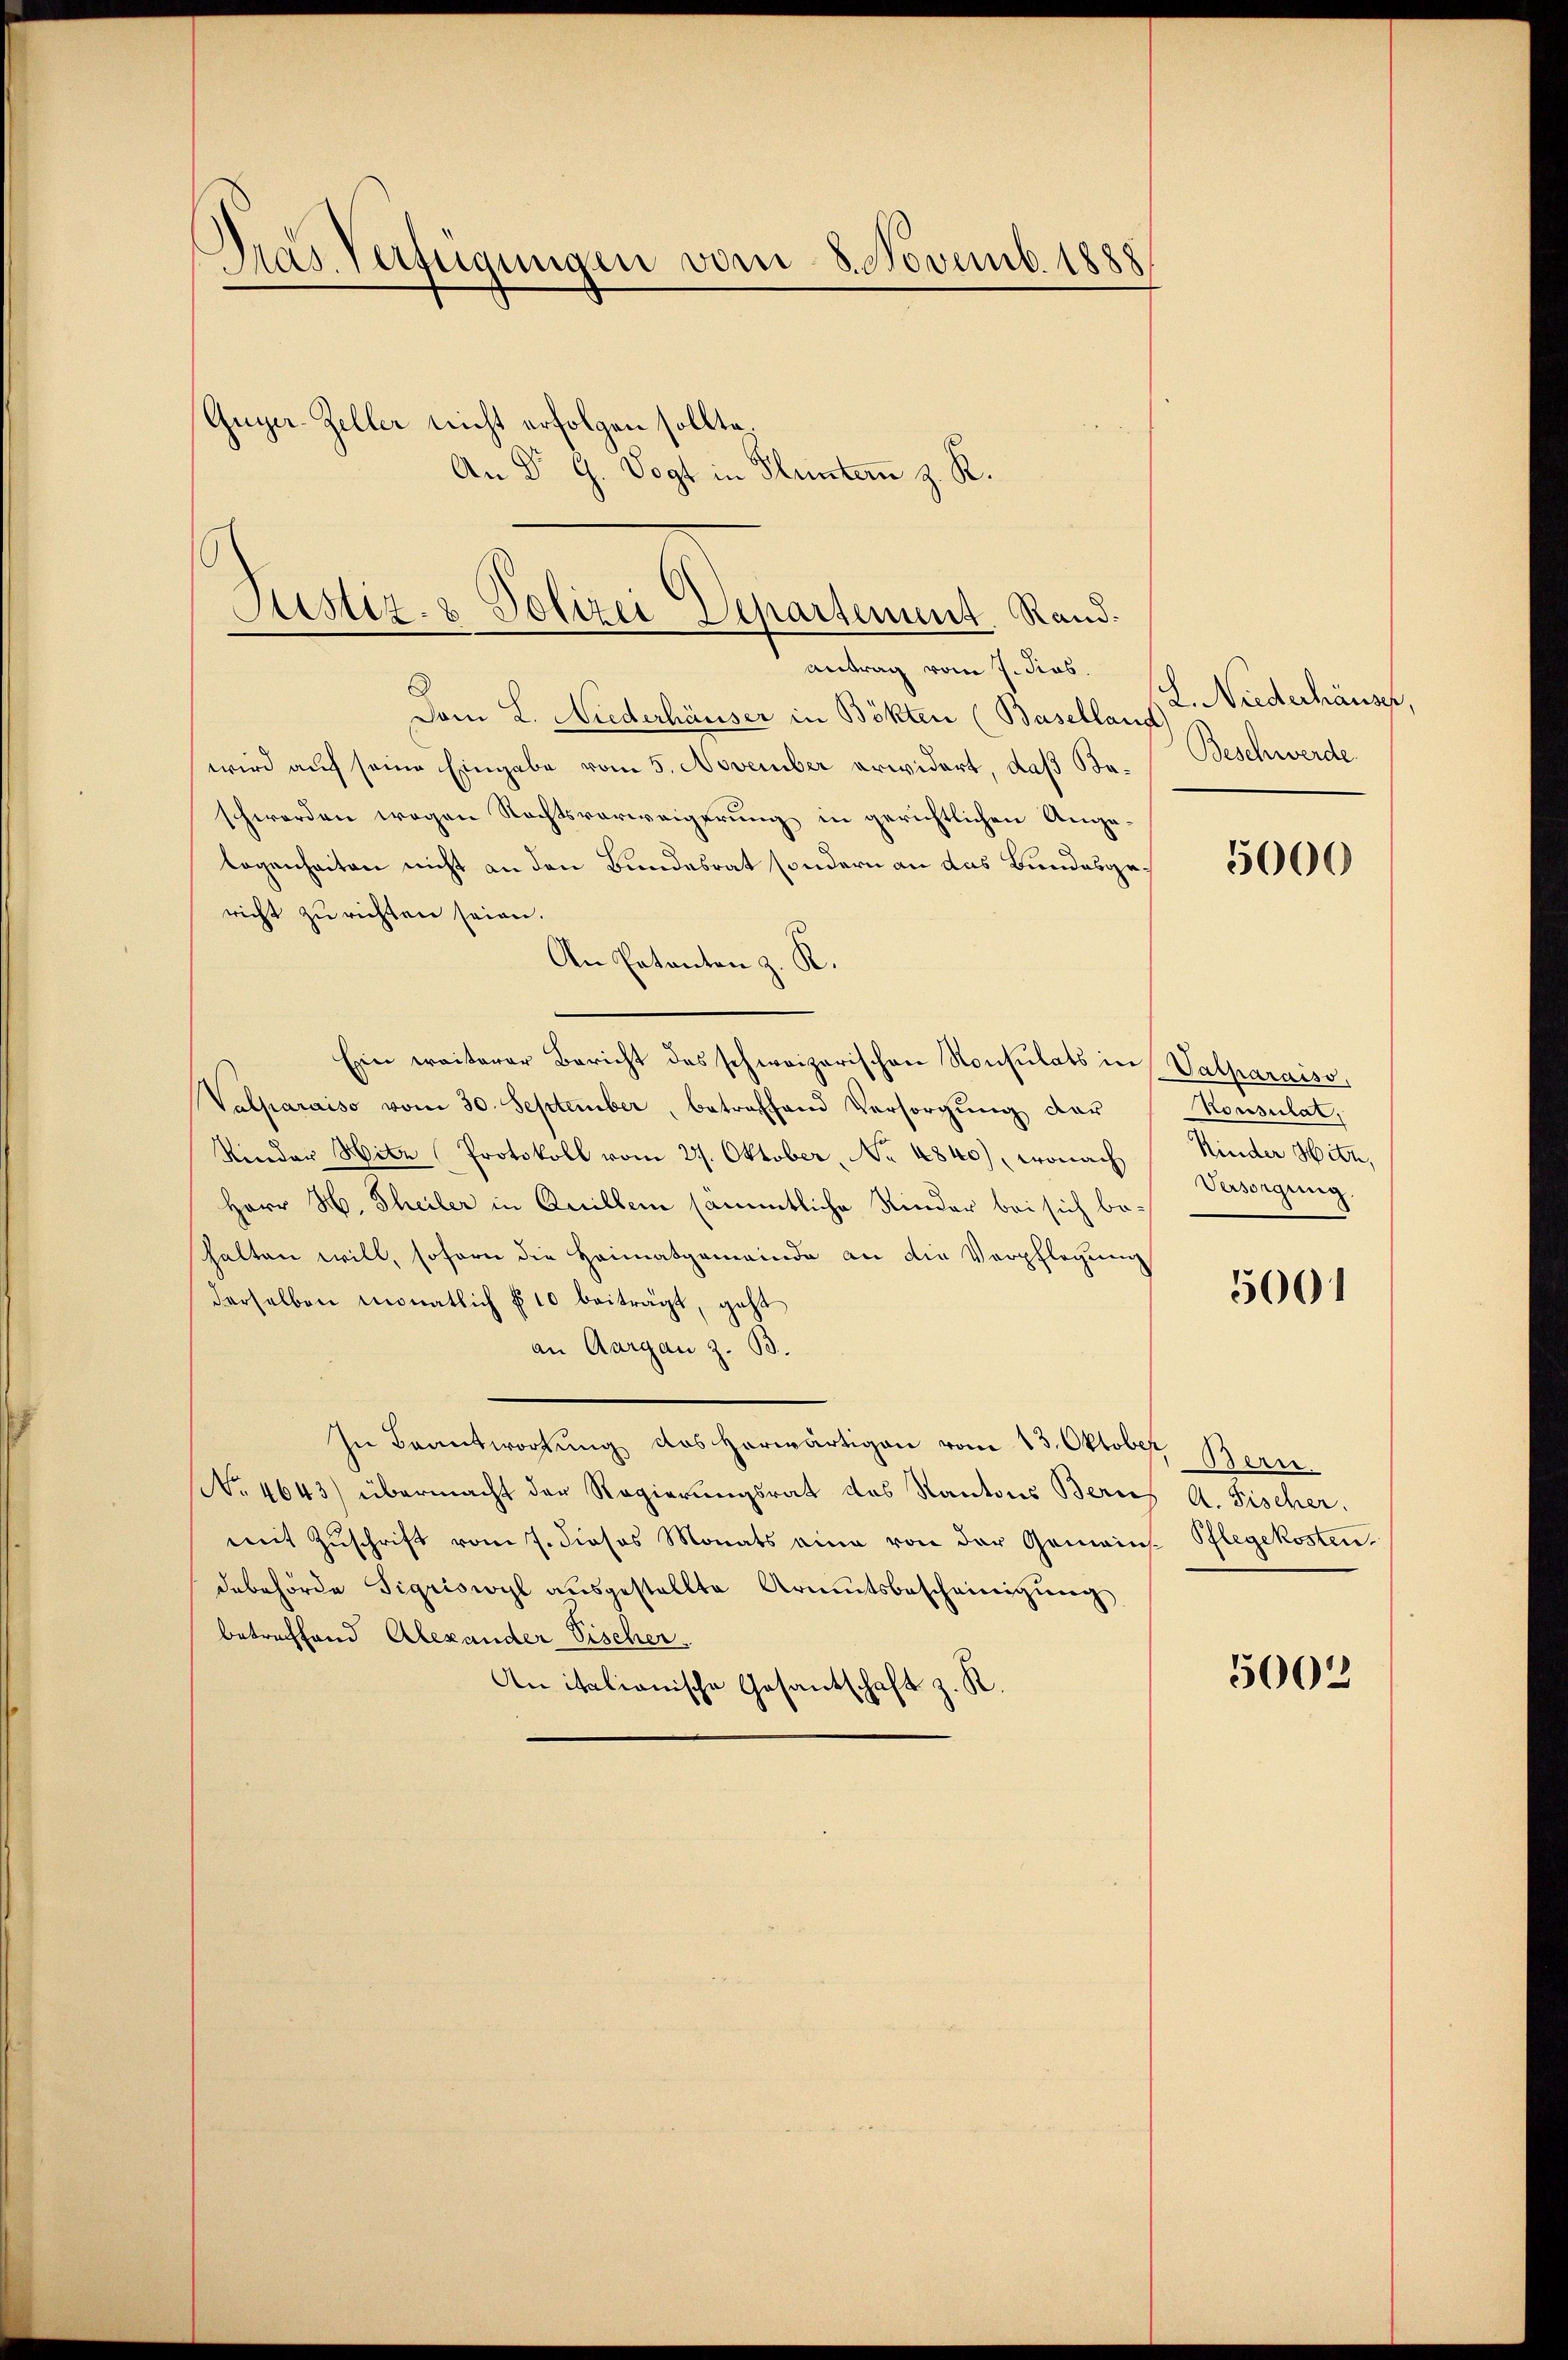
Dras Verfügungen vom 8. Novemb. 1888
Guyer-Zeller nicht erfolgen sollte.
An Dr G. Vogt in Huntern z. R.

Justiz- & Polizei Departement. Rand.
Antrag vom 7. Jos.

Dem L. Niederhäuser in Bökten (Baselland
wird auf seine Eingabe vom 5. November erwidert, daß Baschwerden wegen Rechtsverweigerung in gerichtlichen Angelogenheiten nicht an den Bundesrat sondern an das Bundesgericht zu richten seien.
An Patanten z. K.
Ein weiterer Bericht des schweizerischen Konsulats in Valparaiss,
Valparaiso vom 30. September, betreffend Versorgŭng der Konsulat,
Kinder Hitz (Protokoll vom 27. Oktober, No 4840), wonach
Herr H. Theiler in Quillem sämmtliche Kinder bei sich behalten will, sofern die Heimatgemeinde an die Verpflegung
derselben monatlich § 10 beiträgt, geht
an Aargau z. B.
In Beantwortung des herwärtigen vom 13. Oktober Bern.
No. 4643) übermacht der Regierungsrat des Kantons Berns A. Fischer.
mit Zŭschrift vom 7. dieses Monats eine von der Gemeins-Pflegekosten
debehörde Sigriswyl aŭsgestellte Armutsbescheinigŭng
betreffend Alexander Tischer.
An italianische Gesantschaft z. R.

L. Niederhäus
Beschwerde

5000

Kinder Hitz,
Versorgung

5001

5002